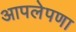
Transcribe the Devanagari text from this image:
आपलेपणा